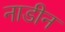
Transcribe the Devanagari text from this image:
नाडीन